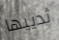
ثدييها